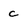
Character: c